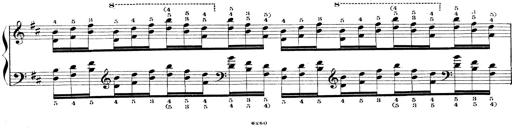
Title: Technische Studien
Composer: Franz Liszt